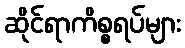
ဆိုင်ရာကိစ္စရပ်များ